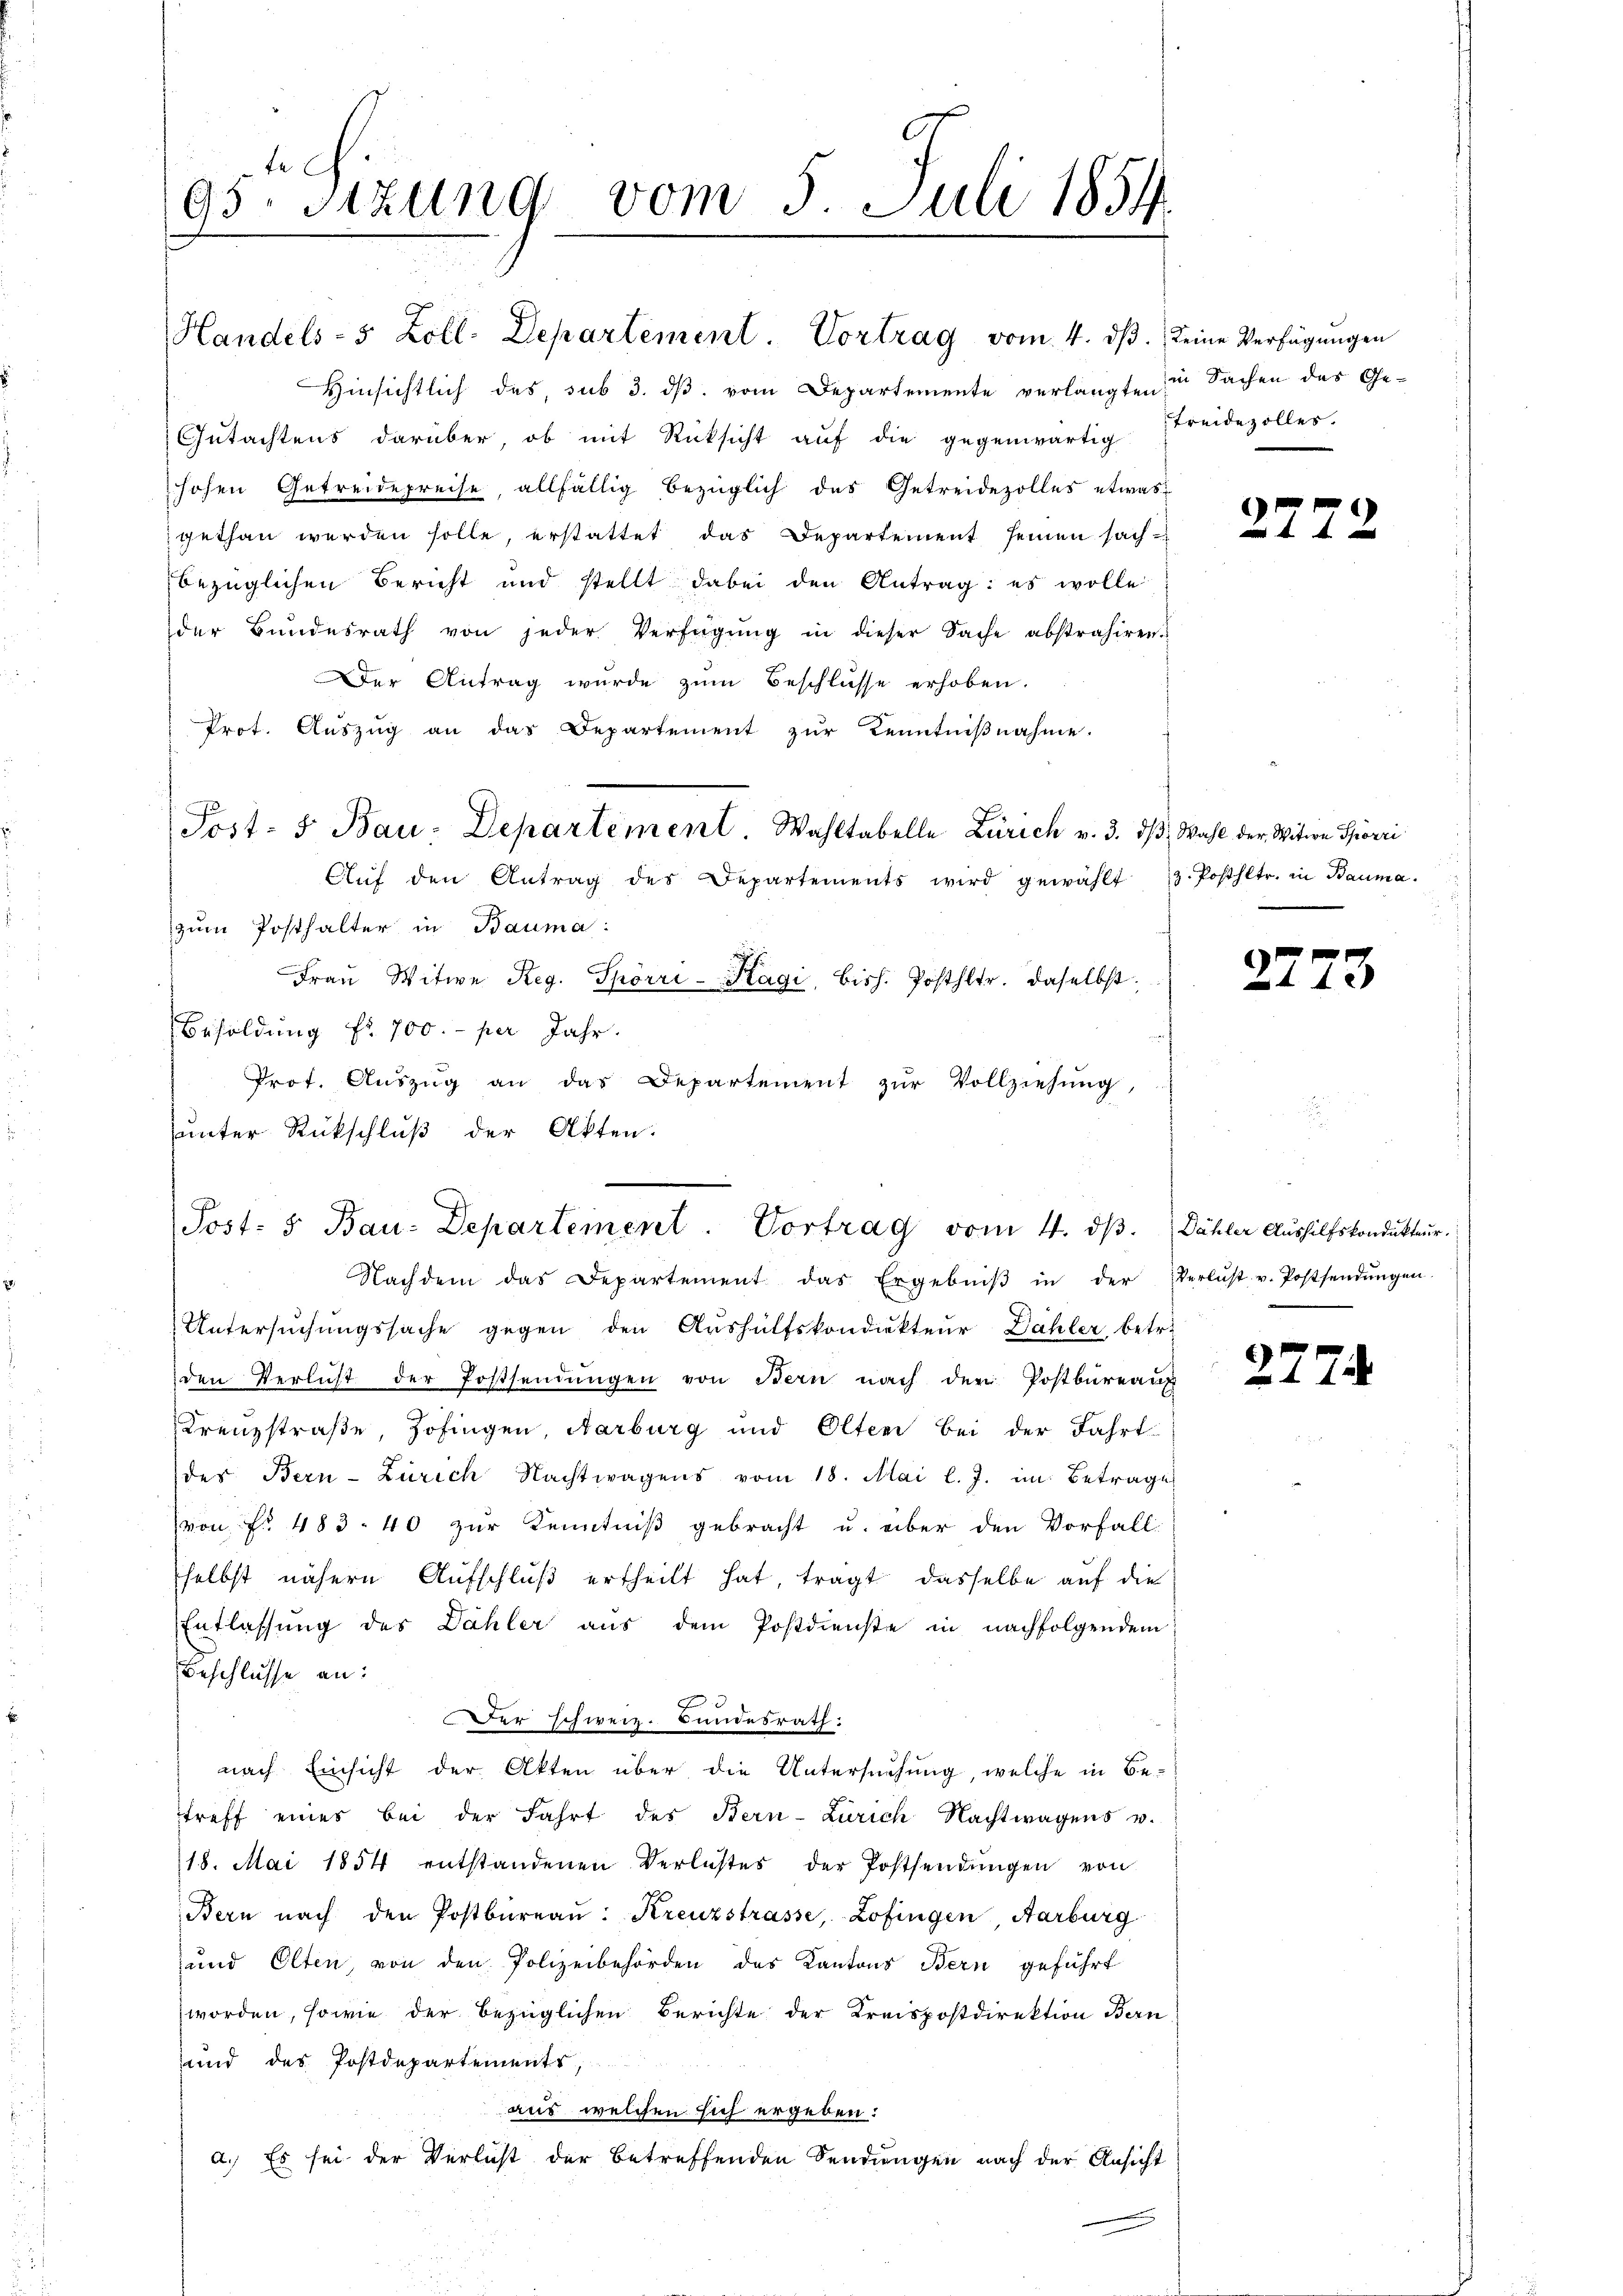
te
95. Sitzung vom 5. Juli 1854.
e

Hinsichtlich des, sub 3. ds. vom Departemente verlangte in Sachen des Ge¬
Gŭtachtens darüber, ob mit Rücksicht aŭf die gegenwärtig treidezoller.
hohen Getreidepreise, allfällig bezüglich des Getreidezolles etwas
gethan werden solle, erstattet das Departement seinen sachbezüglichen Bericht und stellt dabei den Antrag: es wolle
der Bŭndesrath von jeder Verfügŭng in dieser Sache abstrahiren.
Der Antrag wurde zŭm Beschlüsse erhoben.
Prot. Aŭszŭg an das Departement zŭr Kenntniβnahme.
Post- & Bau-Departement. Wahltabelle Zürich v. 3. dβ, Wahl der Witwe Spörri
Aŭf den Antrag des Departements wird gewählt 3. Posthltr. in Bauma.
zum Posthalter in Bauma:
Fraŭ Witwe Reg. Spörri-Hagi, bish. Posthltr. daselbst;
Besoldung fr. 700.- per Jahr.
Prot. Aŭszŭg an das Departement zŭr Vollziehŭng
unter Rückschluß der Akten.
Nachdem das Departement das Ergebniβ in der Verlust v. Postsendŭngen
Untersuchungssache gegen den Aushülfskondiekteur Dähler betr.
den Verlust der Postsendŭngen von Bern nach der Postbureaux
Krenzstraße, Zofingen, Aarburg und Olten Bei der Fahrt
der Bern-Zürich Nachtwagens vom 18. Mai l. J. im Betrage
von No. 483. 40 zur Kenntniß gebracht u. über den Vorfall
selbst nähere Aufschluß ertheilt hat, tragt dasselbe auf die
Entlassung des Dähler aus dem Postdienste in nachfolgendem
Beschlüsse an:
Der schweiz. Bundesrath:
nach Einsicht der Akten über die Untersuchung, welche in Be-
treff eines bei der Fahrt des Bern-Zürich Nachtwagens u.
18. Mai 1854 entstandenen Verlustes der Postsendŭngen von
Bern nach den Postbüreaŭ: Kreuzstrasse, Zofingen Aarburg
und Elten, von den Polizeibehörden des Kantons Bern geführt
worden, sowie der bezüglichen Berichte der Kreispostdirektion Bern
und des Postdepartements,
aus welchen sich ergeben:
a.) Es sei der Verlist der betreffenden Sendungen nach der Ansicht

Handels- 5 Zoll. Departement. Vortrag vom 4. dβ. keine Verfügungen

Post: 5. Bau-Departement. Vortrag vom 4. dβ. Dähler Aŭshilfskondukteur.

272

27

27

3